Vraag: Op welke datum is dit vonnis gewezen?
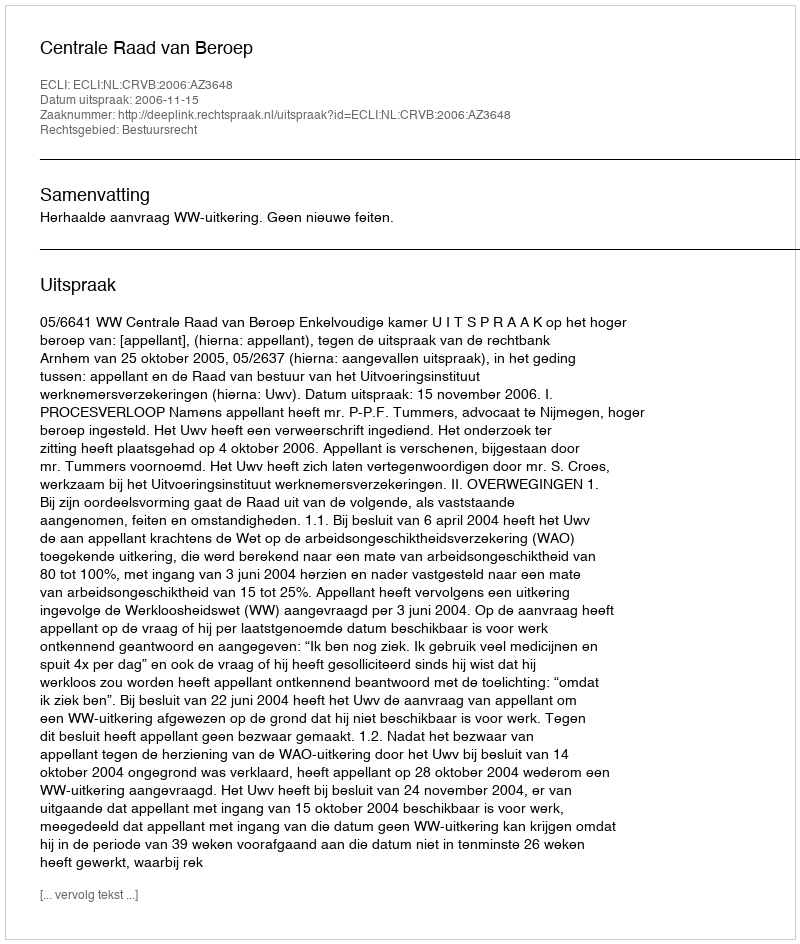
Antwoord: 2006-11-15